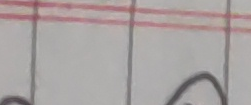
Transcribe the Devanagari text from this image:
७